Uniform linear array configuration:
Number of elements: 12
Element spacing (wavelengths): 0.75
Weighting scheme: blackman
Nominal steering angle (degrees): -45
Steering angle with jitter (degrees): -46.771
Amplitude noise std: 0.05
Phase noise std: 0.05

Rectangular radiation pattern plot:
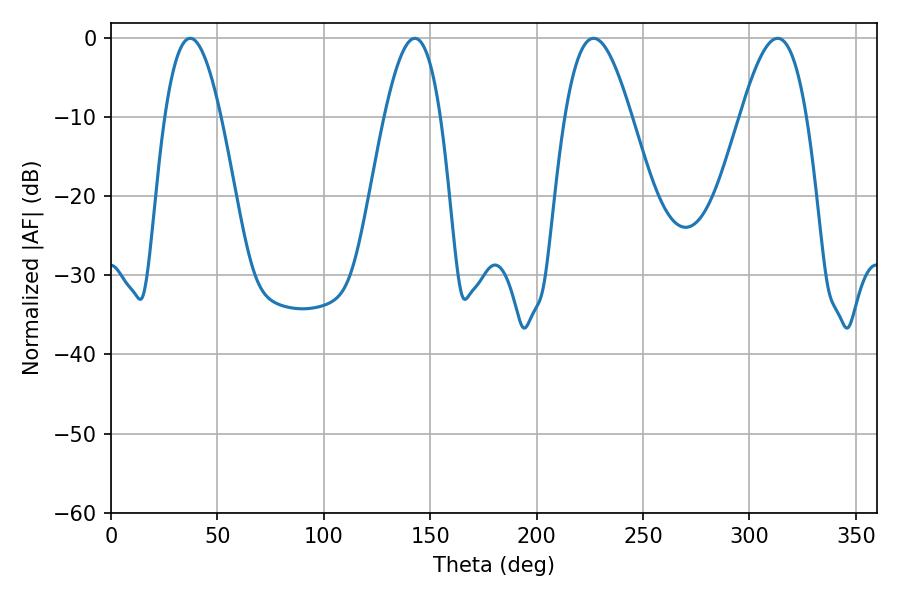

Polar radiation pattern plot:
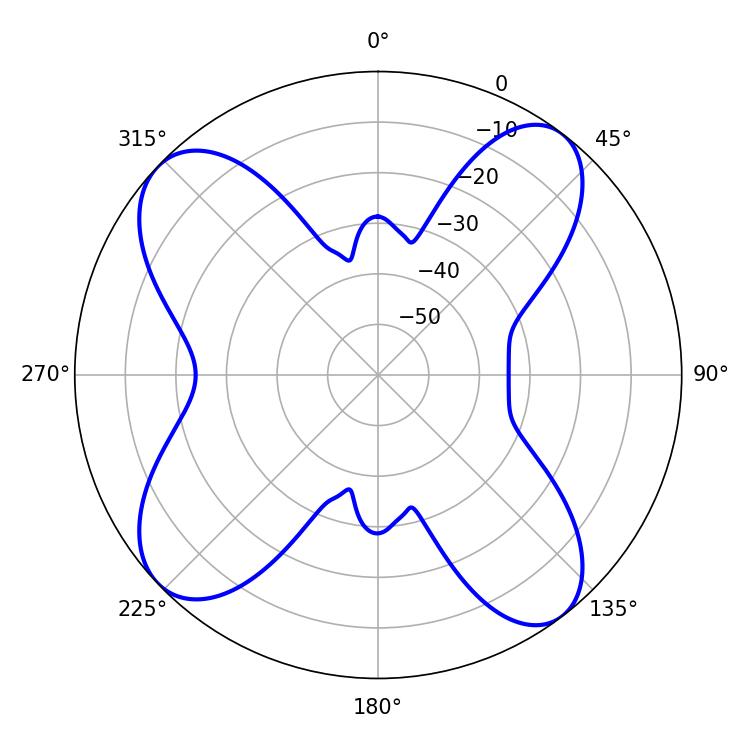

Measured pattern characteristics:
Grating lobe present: TRUE
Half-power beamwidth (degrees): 16.74
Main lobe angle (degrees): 226.8